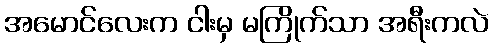
အမောင်လေးက ငါးမှ မကြိုက်သာ အရီးကလဲ